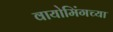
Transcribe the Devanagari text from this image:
वायोमिंगच्या